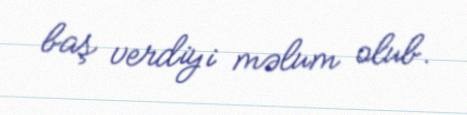
baş verdiyi məlum olub.